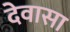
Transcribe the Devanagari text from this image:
देवासा